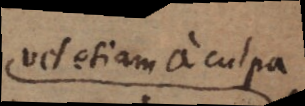
vetotiam ai cuspa